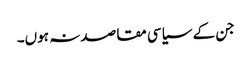
جن کے سیاسی مقاصد نہ ہوں۔